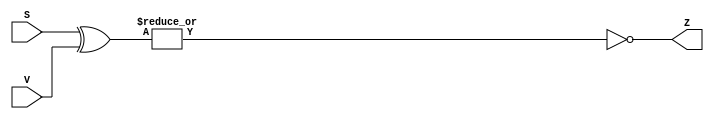
`timescale 1ns / 1ps
`default_nettype none
//////////////////////////////////////////////////////////////////////////////////
// 
// Module Name:    alu 
// Description: 
//
//////////////////////////////////////////////////////////////////////////////////
module alu_eq(S, V, Z);
	input wire [3:0] S;
	input wire [3:0] V;
	output wire Z;
    wire [3:0] TEMP;
    
    assign TEMP = S ^ V;
    assign Z = ~(|TEMP[3:0]);
endmodule
`default_nettype wire